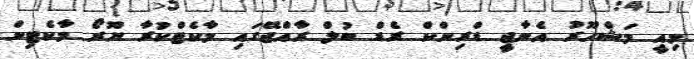
މިއީ މަޝްހޫރު އެނާޖީ ޑްރިންކް ރެޑް ބުލް ރާއްޖޭގައި މާކެޓްކުރާ ޔޫރޯ މާކެޓިން